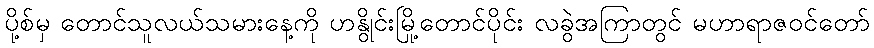
ပို့စ်မှ တောင်သူလယ်သမားနေ့ကို ဟနွိုင်းမြို့တောင်ပိုင်း လခွဲအကြာတွင် မဟာရာဇဝင်တော်